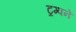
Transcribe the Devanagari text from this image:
ट्रम्पने